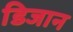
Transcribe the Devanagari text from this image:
डिजान